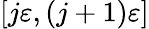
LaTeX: [j\varepsilon,(j+1)\varepsilon]